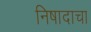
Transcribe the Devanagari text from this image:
निषादाचा